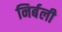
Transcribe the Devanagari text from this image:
निर्बली